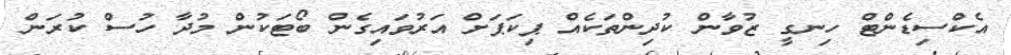
އެކްސިޑެންޓް ހިނގީ ޒުވާން ކުދިންތަކެއް ޕިކަޕަށް އަރުވައިގެން ބޯޓަކުން މުދާ ހުސް ކުރަން